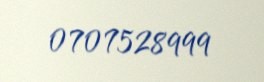
0707528999